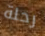
رحلة